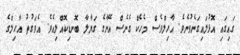
ގައިގައި އޮޅުލައިގަނެވުނެވެ. އާހިލްވެސް މެހެކް ގެނެސް އޭނާގެ ގަޔާލާ ބޮނޑިކޮއްލިއެވެ. އެވަގުތު އާހިލްގެ